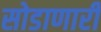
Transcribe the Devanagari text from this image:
सोडाणारी